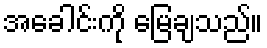
အခေါင်းကို မြေချသည်။